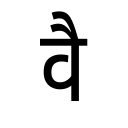
OCR:
वै